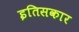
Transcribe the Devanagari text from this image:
इतिसकार